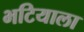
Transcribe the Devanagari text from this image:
भटियाला